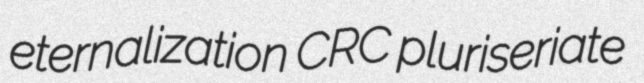
eternalization CRC pluriseriate